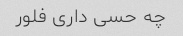
چه حسی داری فلور